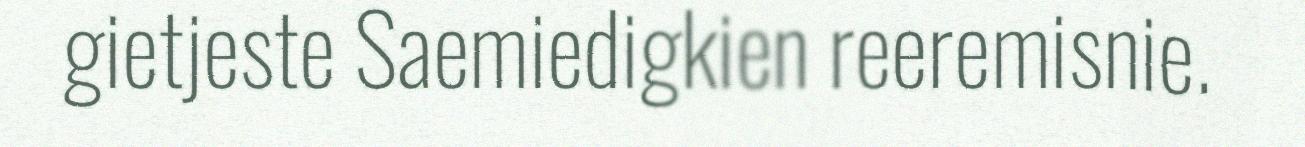
gietjeste Saemiedigkien reeremisnie.